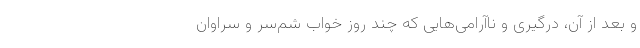
و بعد از آن، درگیری و ناآرامی‌هایی که چند روز خواب شمّ‌سر و سراوان